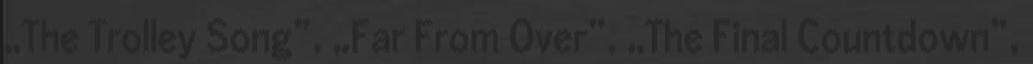
„The Trolley Song”, „Far From Over”, „The Final Countdown”,